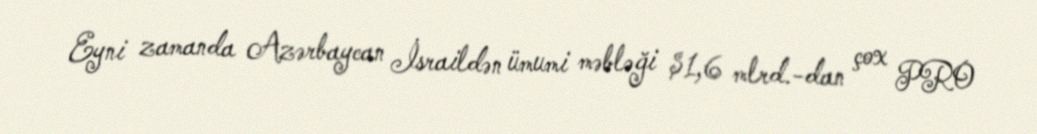
Eyni zamanda Azərbaycan İsraildən ümumi məbləği $1,6 mlrd.-dan çox PRO